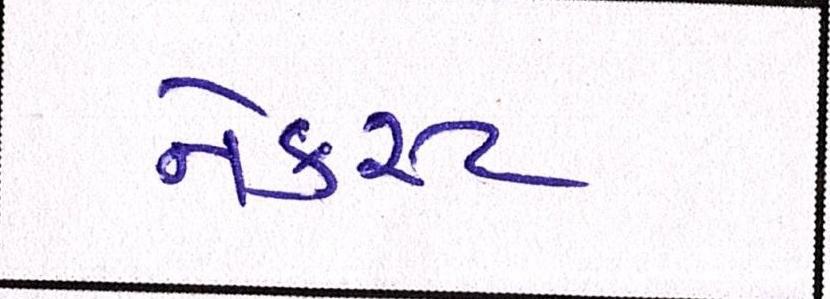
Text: નેક્સ્ટ